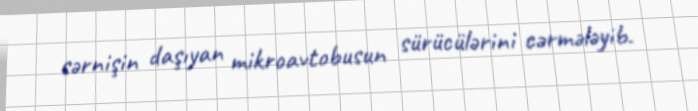
sərnişin daşıyan mikroavtobusun sürücülərini cərmələyib.